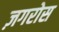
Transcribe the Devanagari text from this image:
ज़गरोस